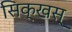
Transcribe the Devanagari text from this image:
सिक्खस्